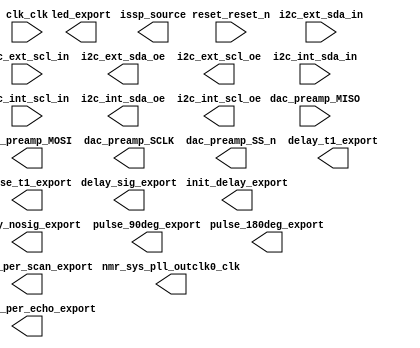

module system (
	clk_clk,
	dac_preamp_MISO,
	dac_preamp_MOSI,
	dac_preamp_SCLK,
	dac_preamp_SS_n,
	delay_nosig_export,
	delay_sig_export,
	delay_t1_export,
	echoes_per_scan_export,
	i2c_ext_sda_in,
	i2c_ext_scl_in,
	i2c_ext_sda_oe,
	i2c_ext_scl_oe,
	i2c_int_sda_in,
	i2c_int_scl_in,
	i2c_int_sda_oe,
	i2c_int_scl_oe,
	init_delay_export,
	led_export,
	nmr_sys_pll_outclk0_clk,
	pulse_180deg_export,
	pulse_90deg_export,
	pulse_t1_export,
	reset_reset_n,
	samples_per_echo_export,
	issp_source);	

	input		clk_clk;
	input		dac_preamp_MISO;
	output		dac_preamp_MOSI;
	output		dac_preamp_SCLK;
	output		dac_preamp_SS_n;
	output	[31:0]	delay_nosig_export;
	output	[31:0]	delay_sig_export;
	output	[31:0]	delay_t1_export;
	output	[31:0]	echoes_per_scan_export;
	input		i2c_ext_sda_in;
	input		i2c_ext_scl_in;
	output		i2c_ext_sda_oe;
	output		i2c_ext_scl_oe;
	input		i2c_int_sda_in;
	input		i2c_int_scl_in;
	output		i2c_int_sda_oe;
	output		i2c_int_scl_oe;
	output	[31:0]	init_delay_export;
	output	[9:0]	led_export;
	output		nmr_sys_pll_outclk0_clk;
	output	[31:0]	pulse_180deg_export;
	output	[31:0]	pulse_90deg_export;
	output	[31:0]	pulse_t1_export;
	input		reset_reset_n;
	output	[31:0]	samples_per_echo_export;
	output	[0:0]	issp_source;
endmodule